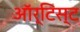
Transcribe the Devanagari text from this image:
ऑर्टिस्ट